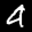
Label: 4